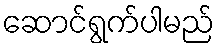
ဆောင်ရွက်ပါမည်